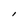
Character: l